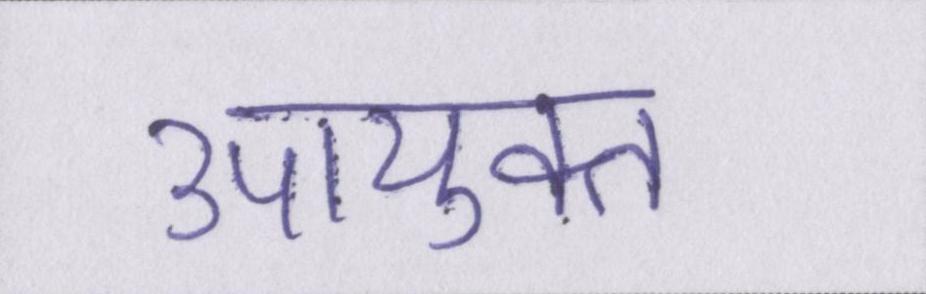
उपायुक्त